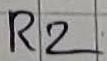
Text: R2